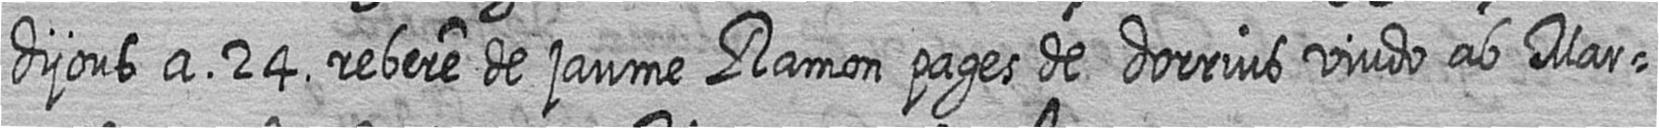
dijous a 24 rebere de jaume Ramon pages de dorrius viudo ab Mar=